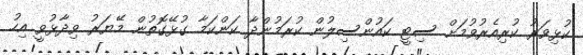
ކުޅިވަރު ކުރިއެރުވުމަށް ސިޓީ ކައުންސިލުން ކުރަމުންދާ ކަންކަމާ ގުޅޭގޮތުން މޭޔަރު ވިދާޅުވީ އިހު